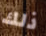
ذلك